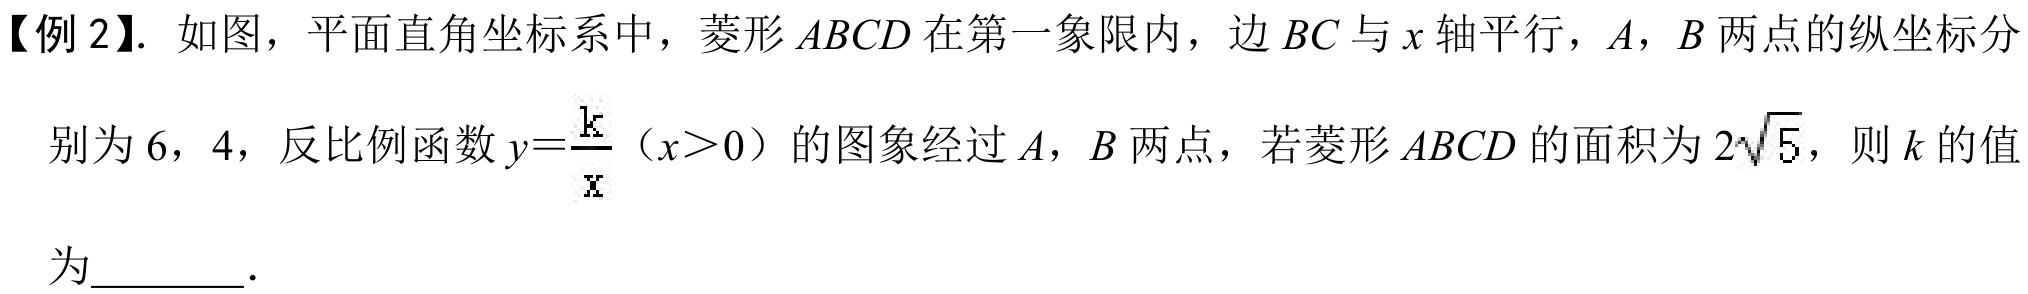
【例2】. 如图，平面直角坐标系中，菱形 \(ABCD\) 在第一象限内，边 \(BC\) 与 \(x\) 轴平行，\(A\)，\(B\) 两点的纵坐标分别为 \(6\)，\(4\)，反比例函数 \(y = \frac{k}{x}\)（\(x>0\)）的图象经过 \(A\)，\(B\) 两点，若菱形 \(ABCD\) 的面积为 \(2\sqrt{5}\)，则 \(k\) 的值为  ．